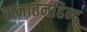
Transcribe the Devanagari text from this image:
सनातनहिन्दू